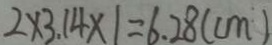
2 \times 3 . 1 4 \times 1 = 6 . 2 8 ( c m )